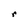
Character: r